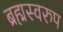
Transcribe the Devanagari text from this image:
ब्रह्मस्वरुप